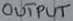
Text: OUTPUT